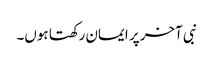
نبی آخر پر ایمان رکھتا ہوں۔